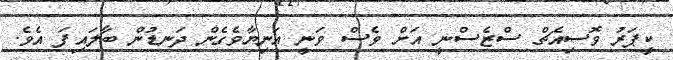
ކީޕަރު ވޮސިއެޗް ސްޒެސްނީ އަށް ވެސް ވަނީ އަނިޔާވެގެން ދަނޑުން ބާލައިފަ އެވެ.